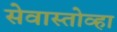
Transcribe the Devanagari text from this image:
सेवास्तोव्हा